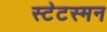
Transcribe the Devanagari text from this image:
स्टेटस्मन